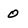
Character: 0